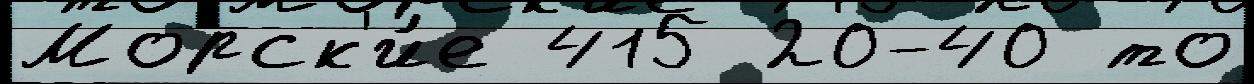
Морск'и́е 415 20-40 то